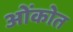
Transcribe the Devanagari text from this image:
ओंकोत